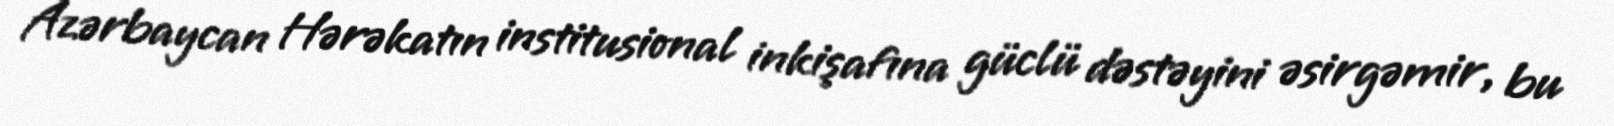
Azərbaycan Hərəkatın institusional inkişafına güclü dəstəyini əsirgəmir, bu